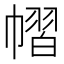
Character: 𢄭